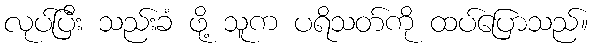
လုပ်ပြီး သည်းခံ ဖို့ သူက ပရိသတ်ကို ထပ်ပြောသည်။